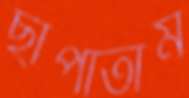
ছাপাতাম